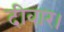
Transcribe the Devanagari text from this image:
दीवार।